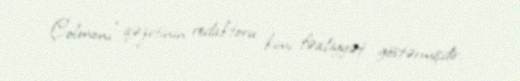
Çolmonı" qəzetinin redaktoru kimi fəaliyyət göstərmişdir.